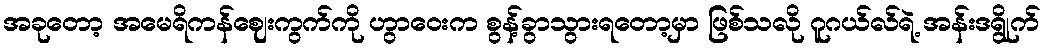
အခုတော့ အမေရိကန်ဈေးကွက်ကို ဟွာဝေးက စွန့်ခွာသွားရတော့မှာ ဖြစ်သလို ဂူဂယ်လ်ရဲ့ အန်းဒရွိုက်